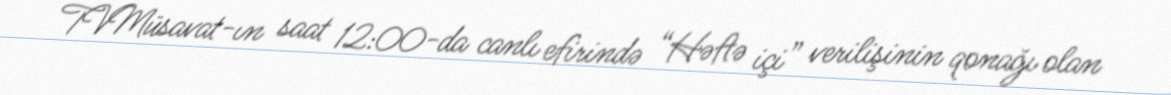
TVMüsavat-ın saat 12:00-da canlı efirində “Həftə içi” verilişinin qonağı olan